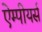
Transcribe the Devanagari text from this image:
ऐम्पीयर्स